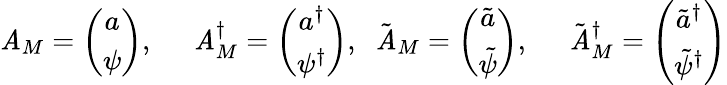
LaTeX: \mathit{A}_{M}=\left(\begin{array}{c}{{a}}\\ {{\psi}}\end{array}\right),\; \; \; \; \; \mathit{A}_{M}^{\dagger}=\left(\begin{array}{c}{{a^{\dagger}}}\\ {{\psi^{\dagger}}}\end{array}\right),\; \; \tilde{{\mathit{A}}}_{M}=\left(\begin{array}{c}{{\tilde{a}}}\\ {{\tilde{\psi}}}\end{array}\right),\; \; \; \; \; \tilde{{\mathit{A}}}_{M}^{\dagger}=\left(\begin{array}{c}{{\tilde{a}^{\dagger}}}\\ {{\tilde{\psi}^{\dagger}}}\end{array}\right)